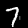
Label: 7